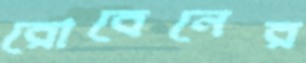
রোবেনের